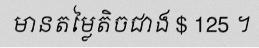
មានតម្លៃតិចជាង $ 125 ។